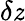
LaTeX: \delta\mathit{z}